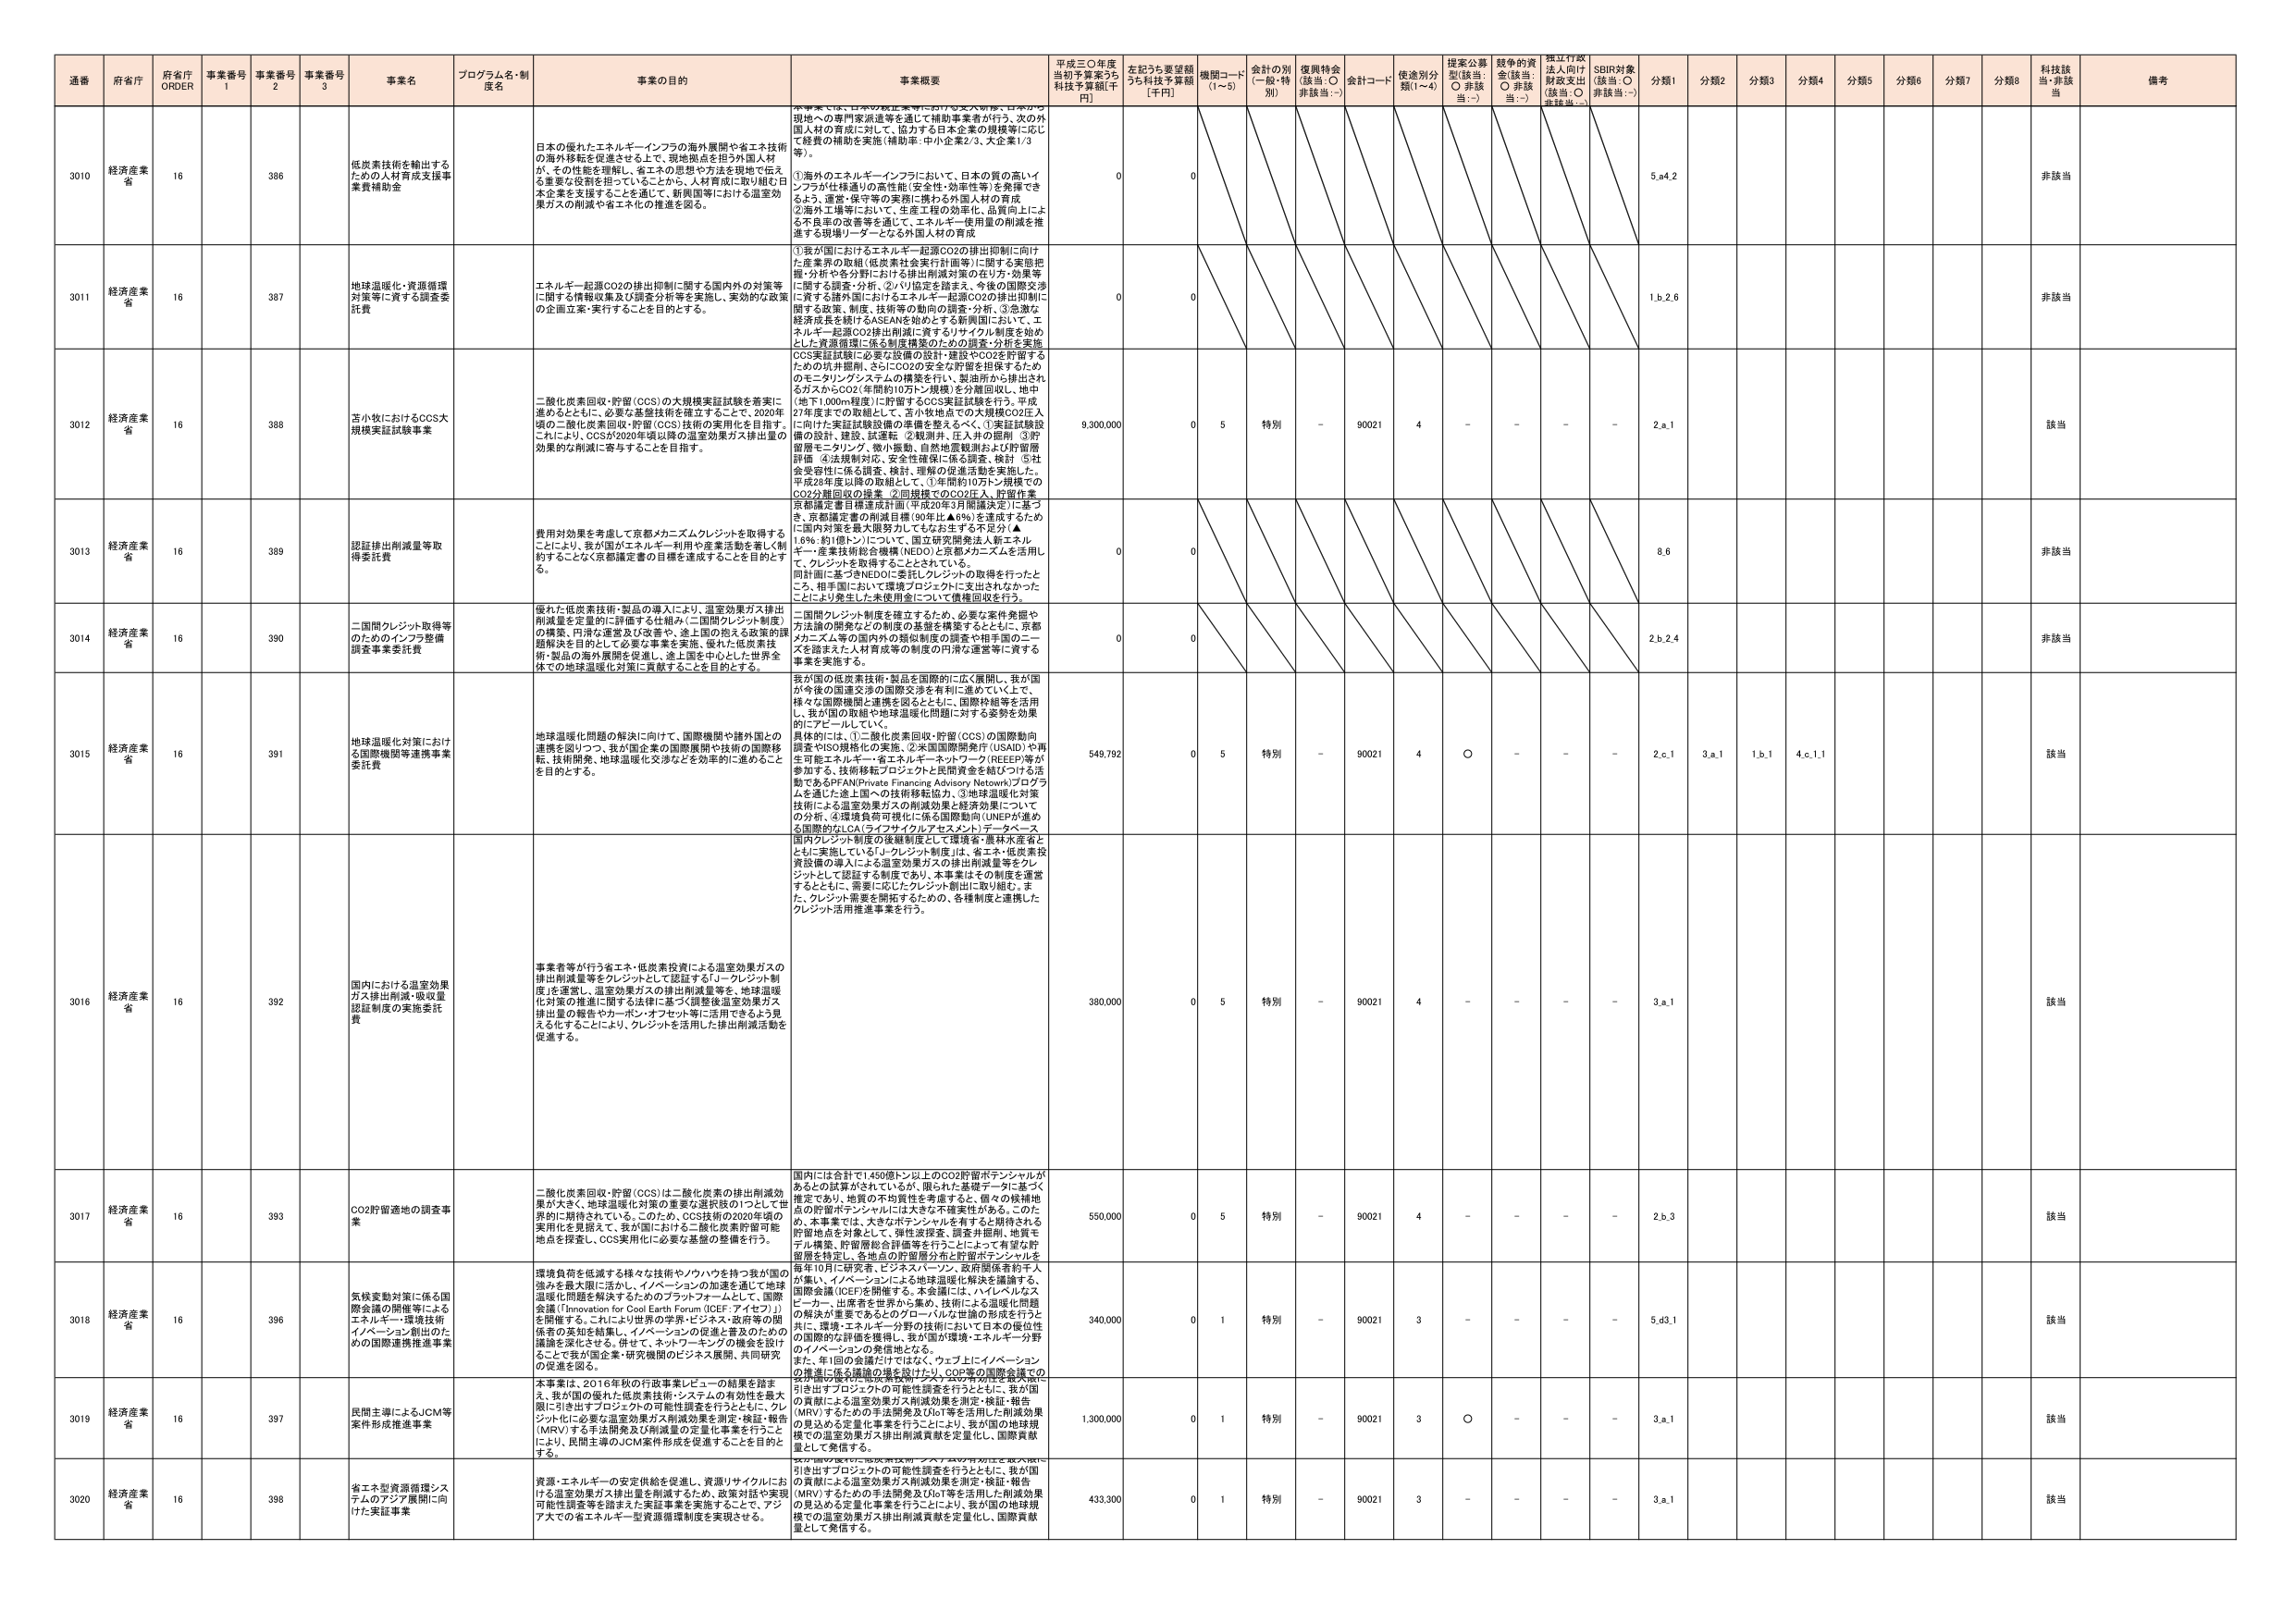
通番 府省庁 府省庁 ORDER 事業番号 1 事業番号 2 事業番号 3 事業名 プログラム名・制度名 事業の目的 事業概要 平成三〇年度当初予算案うち科技予算額[千円] 左記うち要望額うち科技予算額[千円] 機関コード (1～5) 会計の別 (一般・特別) 復興特会 (該当：○ 非該当：-) 会計コード 使途別分類(1～4) 提案公募型(該当：○ 非該当：-) 競争的資金(該当：○ 非該当：-) 採択行政法人向け財政支出(該当：○ 非該当：-) SDBI対象(該当：○ 非該当：-) 分類1 分類2 分類3 分類4 分類5 分類6 分類7 分類8 科技該当 備考

3010 経済産業省 16 386 低炭素技術を輸出するための人材育成支援事業費補助金 日本の優れたエネルギーインフラの海外展開や省エネ技術の海外移転を促進させることで、現地拠点を担う外国人材が、その性能を理解し、省エネの思想や方法を現地で伝え る重要な役割を担っていることから、人材育成に取り組む日本企業を支援することを通じて、新興国等における温室効果ガスの削減や省エネ化の推進を図る。 本事業では、以下の取組を実施していける。①海外への技術派遣等を通して補助事業者が行う、2、3の外国人材の育成に対して、協力する日本企業の規模等に応じて経費の補助を実施（補助率：中小企業2/3、大企業1/3等）。 ①海外のエネルギーインフラにおいて、日本の質の高いインフラが仕様通りの高性能（安全性・効率性等）を発揮できるよう、運営・保守等の実務に携わる外国人材の育成。 ②海外工場等において、生産工程の効率化、品質向上による不良品の改善等を通じて、エネルギー使用量の削減を推進する現場リーダーとなる外国人材の育成。 0 0 5.a4.2 非該当

3011 経済産業省 16 387 地球温暖化・資源循環対策等に資する調査委託費 エネルギー起源CO2の排出抑制に関する国内外の対策等に関する情報収集及び調査分析等を実施し、実効的な政策の企画立案・実行することを目的とする。 ①我が国におけるエネルギー起源CO2の排出抑制に向けた産業界の取組（低炭素社会実行計画等）に関する実態把握・分析や各分野における排出削減対策の在り方・効果等に関する調査・分析、②バリュエーションを踏まえ、今後の国際交渉に資する諸外国におけるエネルギー起源CO2の排出抑制に関する政策、制度、技術等の動向の調査・分析、③急激な経済成長を続けるASEANを始めとする新興国において、エネルギー起源CO2排出抑制に資するリサイクル制度を始めとした資源循環に係る制度構築のための調査・分析を実施。 0 0 1.b.2.6 非該当

3012 経済産業省 16 388 苫小牧におけるCCS大規模実証試験事業 二酸化炭素回収・貯留（CCS）の大規模実証試験を着実に進めるとともに、必要な基盤技術を確立することで、2020年頃の二酸化炭素回収・貯留（CCS）技術の実用化を目指す。これにより、CCSが2020年頃以降の温室効果ガス排出量の効果的な削減に寄与することを目指す。 CCS実証試験に必要な設備の設計・建設やCO2を貯留するための坑井掘削、さらにCO2の安全な貯留を担保するためのモニタリングシステムの構築を行い、製油所から排出されるガスからCO2（年間約10万トン規模）を分離回収し、地中（地下1,000m程度）に貯留するCCS実証試験を行う。平成27年度までの取組として、苫小牧地点での大規模CO2注入に向けた実証試験設備の準備を整えるべく、①実証試験設備の設計、建設、試運転 ②観測井、圧入井の掘削 ③貯留層モニタリング、微小振動、自然地震観測および貯留層評価 ④法規制対応、安全性確保に係る調査、検討 ⑤社会受容性に係る調査、検討、理解の促進活動を実施した。平成28年度以降の取組として、①年間約10万トン規模でのCO2分離回収の操業 ②同規模でのCO2注入、貯留作業京都議定書目標達成計画（平成20年3月閣議決定）に基づき、京都議定書の削減目標（90年比▲6%）を達成するために国内対策を最大限努力してもなお生ずる不足分（▲1.6%：約1億トン）について、国立研究開発法人新エネルギー・産業技術総合開発機構（NEDO）と京都メカニズムを活用して、クレジットを取得することとされている。 9,300,000 0 5 特別 - 90021 4 - - - - 2.a.1 該当

3013 経済産業省 16 389 認証排出削減量等取得委託費 費用対効果を考慮して京都メカニズムクレジットを取得することにより、我が国がエネルギー利用や産業活動を著しく制約することなく京都議定書の目標を達成することを目的とする。 同計画に基づきNEDOに委託しクレジットの取得を行ったところ、相手国において環境プロジェクトに支出されたかったことにより発生した未使用金について債権回収を行う。 0 0 8.6 非該当

3014 経済産業省 16 390 二国間クレジット取得等のためのインフラ整備調査事業委託費 優れた低炭素技術・製品の導入により、温室効果ガス排出削減量を定量的に評価する仕組み（二国間クレジット制度）の構築、円滑な運営及び改善や、途上国の抱える政策的課題解決を目的として必要な事業を実施、優れた低炭素技術・製品の海外展開を促進し、途上国を中心とした世界全体での地球温暖化対策に貢献することを目的とする。 二国間クレジット制度を確立するため、必要な案件発掘や方法論の開発などの制度の基盤を構築するとともに、京都メカニズム等の国内外の類似制度の調査や相手国のニーズを踏まえた人材育成等の制度の円滑な運営等に資する事業を実施する。 0 0 2.b.2.4 非該当

3015 経済産業省 16 391 地球温暖化対策における国際機関等連携事業委託費 地球温暖化問題の解決に向けて、国際機関や諸外国との連携を図りつつ、我が国企業の国際展開や技術の国際移転、技術開発、地球温暖化交渉などを効率的に進める ことを目的とする。 我が国の低炭素技術・製品を国際的に広く展開し、我が国が今後の国際交渉の国際交渉を有利に進めていく上で、様々な国際機関と連携を図るとともに、国際枠組等を活用し、我が国の取組や地球温暖化問題に対する姿勢を効果的にアピールしていく。 具体的には、①二酸化炭素回収・貯留（CCS）の国際動向調査やISO規格化の実施、②米国国際開発庁（USAID）や再生可能エネルギー・省エネルギー・ネットワーク（REEEP）等が参加する、技術移転プロジェクトと民間資金を結びつける活動であるGPIAN（Private Financing Advisory Network）プログラムを通じた途上国への技術移転協力、③地球温暖化対策技術による温室効果ガスの削減効果と経済効果についての分析、④環境負荷可視化に係る国際動向（UNEPが進める国際的なLCA（ライフサイクルアセスメント）データベース、国内クレジット制度の後継制度として環境省・農林水産省とともに実施している「J-クレジット制度」は、省エネ・低炭素投資設備の導入による温室効果ガスの排出削減量等をクレジットとして認証する制度であり、本事業はその制度を運営するとともに、需要に応じたクレジット創出に取り組む。また、クレジット需要を増加するための、各種制度と連携したクレジット活用推進事業を行う。 549,792 0 5 特別 - 90021 4 ○ - - - 2.c.1 3.a.1 1.b.1 4.c.1.1 該当

3016 経済産業省 16 392 国内における温室効果ガス排出削減・吸収量認証制度の実施委託費 事業者等が行う省エネ・低炭素投資による温室効果ガスの排出削減量等をクレジットとして認証する「J-クレジット制度」を運営し、温室効果ガスの排出削減量等を、地球温暖化対策の推進に即する法律に基づく同制度運営効果ガス排出量の報告やカーボン・オフセット等に活用できるよう見える化することにより、クレジットを活用した排出削減活動を促進する。 380,000 0 5 特別 - 90021 4 - - - - 3.a.1 該当

3017 経済産業省 16 393 CO2貯留適地の調査事業 二酸化炭素回収・貯留（CCS）は二酸化炭素の排出削減効果が大きく、地球温暖化対策の重要な選択肢の1つとして世界的に期待されている。このため、CCS技術の2020年頃の実用化を見据えて、我が国における二酸化炭素貯留可能な地点を探査し、CCS実用化に必要な基盤の整備を行う。 国内には合計で1,450億トン以上のCO2貯留ポテンシャルがあるとの試算がされているが、限られた基礎データに基づく推定であり、地質の不均質性を考慮すると、個々の候補地の貯留ポテンシャルには大きな不確実性がある。このため、本事業では、大きなポテンシャルを有すると期待される貯留地点を対象として、弾性波探査、調査井掘削、地質モデル構築、貯留層総合評価等を行うことによって有望な貯留層を特定し、各地点の貯留層分布と貯留ポテンシャルを 550,000 0 5 特別 - 90021 4 - - - - 2.b.3 該当

3018 経済産業省 16 396 気候変動対策に係る国際会議の開催等によるエネルギー・環境技術イノベーション創出のための国際連携推進事業 環境負荷を低減する様々な技術やノウハウを持って我が国の強みを最大限に活かし、イノベーションの加速を通じて地球温暖化問題を解決するためのプラットフォームとして「国際会議『Innovation for Cool Earth Forum (ICEF: アイセフ)』」を開催する。これにより世界の学者・ビジネス・政府等の関係者の英知を結集し、イノベーションの促進と普及のための議論を深化させる。併せて、ネットワーキングの機会を設けることで我が国企業・研究機関のビジネス展開、共同研究の促進を図る。 毎年10月に研究者、ビジネスパーソン、政府関係者約千人が集い、イノベーションによる地球温暖化解決を議論する国際会議（ICEF）を開催する。本会議には、ハイレベルなスピーカー、出席者を世界から集め、技術による温暖化問題の解決が重要であるとのグローバルな世論の形成を行うとともに、主にエネルギー分野の技術について日本の優位性の国際的な評価を獲得し、我が国が環境・エネルギー分野のイノベーションの発信地となる。 また、年1回の会議だけではなく、ウェブ上にイノベーションの推進に係る議論の場を設けたり、CO2等の国際会議での世界規模の優れた低炭素技術・システムの有効性を最大限に引き出すプロジェクトの可能性調査を行うとともに、我が国の貢献による温室効果ガス削減効果を測定・検証・報告（MRV）するための手法開発及びIoT等を活用した削減効果の見える化を定量化事業を行うことにより、我が国の地球規模での温室効果ガス排出削減貢献を定量化し、国際貢献量として発信する。 340,000 0 1 特別 - 90021 3 - - - - 5.d3.1 該当

3019 経済産業省 16 397 民間主導によるJCM等案件形成推進事業 本事業は、2016年秋の行政事業レビューの結果を踏まえ、我が国の優れた低炭素技術・システムの有効性を最大限に引き出すプロジェクトの可能性調査を行うとともに、クレジット化に必要な温室効果ガス削減効果を測定・検証・報告（MRV）する手法開発及び削減量の定量化事業を行うことにより、民間主導のJCM案件形成を促進することを目的とする。 1,300,000 0 1 特別 - 90021 3 ○ - - - 3.a.1 該当

3020 経済産業省 16 398 省エネ財源循環システムのアジア展開に向けた実証事業 資源・エネルギーの安定供給を促進し、資源リサイクルにおける温室効果ガス排出量を削減するため、政策対話や実現可能性調査等を踏まえた実証事業を実施することで、アジアでの省エネルギー型資源循環制度を実現させる。 引き出すプロジェクトの可能性調査を行うとともに、我が国の貢献による温室効果ガス削減効果を測定・検証・報告（MRV）するための手法開発及びIoT等を活用した削減効果の見える化を定量化事業を行うことにより、我が国の地球規模での温室効果ガス排出削減貢献を定量化し、国際貢献量として発信する。 433,300 0 1 特別 - 90021 3 - - - - 3.a.1 該当